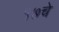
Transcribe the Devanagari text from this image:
१७चे